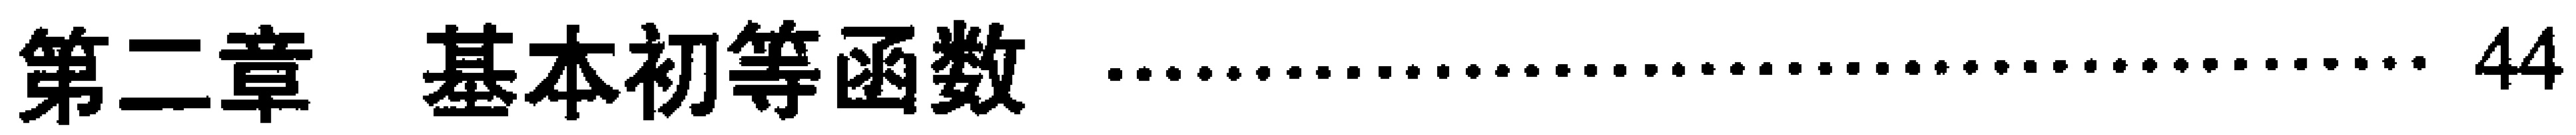
第二章 \quad 基本初等函数 \quad \dotfill 44